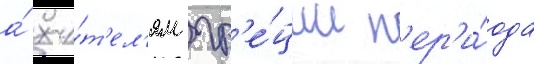
а́ жи́т'ел'ям гр'е́ции п'ер'и́ода